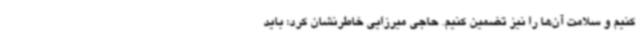
کنیم و سلامت آن‌ها را نیز تضمین کنیم. حاجی میرزایی خاطرنشان کرد: باید